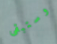
وستبقى